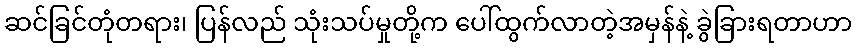
ဆင်ခြင်တုံတရား၊ ပြန်လည် သုံးသပ်မှုတို့က ပေါ်ထွက်လာတဲ့အမှန်နဲ့ ခွဲခြားရတာဟာ